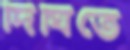
দিঘিতে